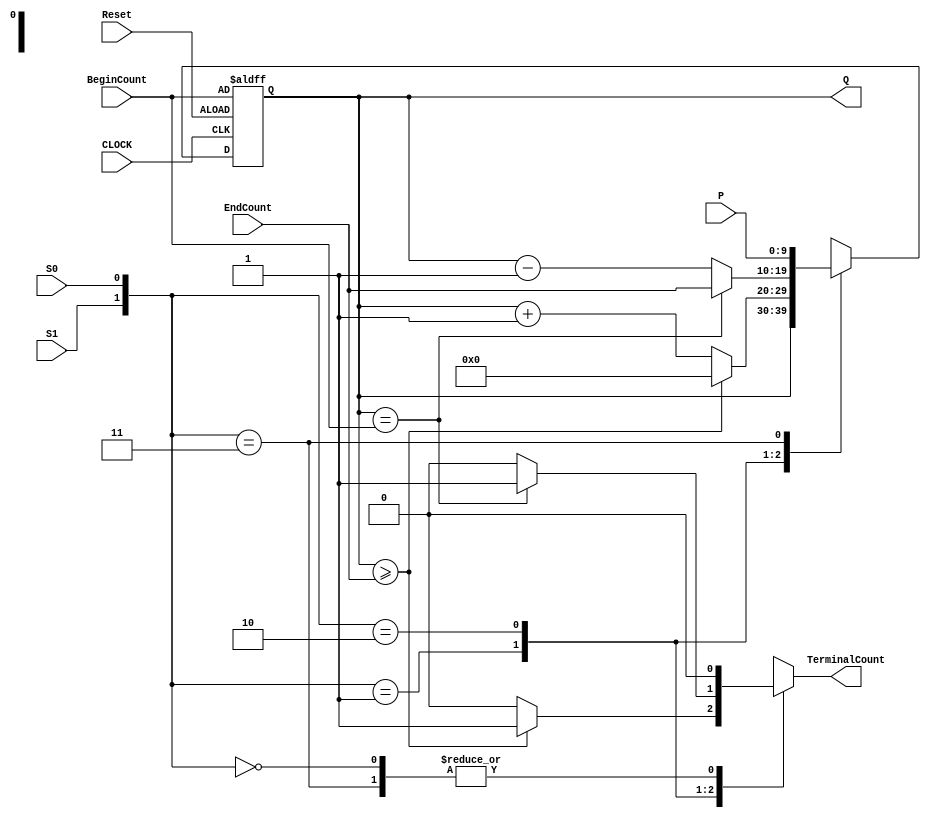
// Written by	: Jianjian Song
// 4-bit universal bidirectional counter
`timescale 1ns / 1ps

module UniversalCounter10bitsV5(P,BeginCount, EndCount, Q,S1,S0,TerminalCount, Reset, CLOCK) ;
parameter	length = 10;
input		S1, S0, Reset, CLOCK;
input	[length-1:0]	P, BeginCount, EndCount;
output 	reg [length-1:0]	Q;
output reg TerminalCount;	//TerminalCount=1 when the counter wraps around
reg	[length-1:0]	NextQ;

always @ (posedge CLOCK or posedge Reset)
	if(Reset==1)	Q <= BeginCount;
	else	Q<=NextQ;

always@(Q or S1 or S0 or P or EndCount or BeginCount)
	case ({S1,S0})
	2'b00:	begin NextQ <= Q;	TerminalCount<=0; end // hold
	2'b01:	begin if (Q>=EndCount) begin TerminalCount<=1; NextQ<=0; end
		else begin TerminalCount<=0; NextQ <= Q+1'b1;	end
		end // count up
	2'b10:	begin if (Q==BeginCount) begin TerminalCount<=1; NextQ<=EndCount; end
		else begin TerminalCount<=0; NextQ <= Q-1'b1;	end
		end // count down
	2'b11:	begin NextQ <= P; TerminalCount<=1'b0; end				// parallel load
	endcase
endmodule